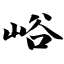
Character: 峪